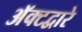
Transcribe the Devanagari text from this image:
अॅक्टद्वारे